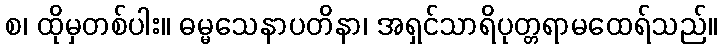
စ၊ ထိုမှတစ်ပါး။ ဓမ္မသေနာပတိနာ၊ အရှင်သာရိပုတ္တရာမထေရ်သည်။